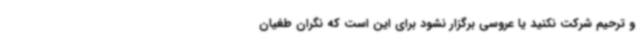
و ترحیم شرکت نکنید یا عروسی برگزار نشود برای این است که نگران طغیان